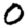
Digit: 0